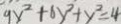
9 x ^ { 2 } + 6 y ^ { 2 } + y ^ { 2 } = 4